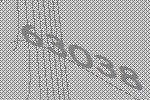
63038